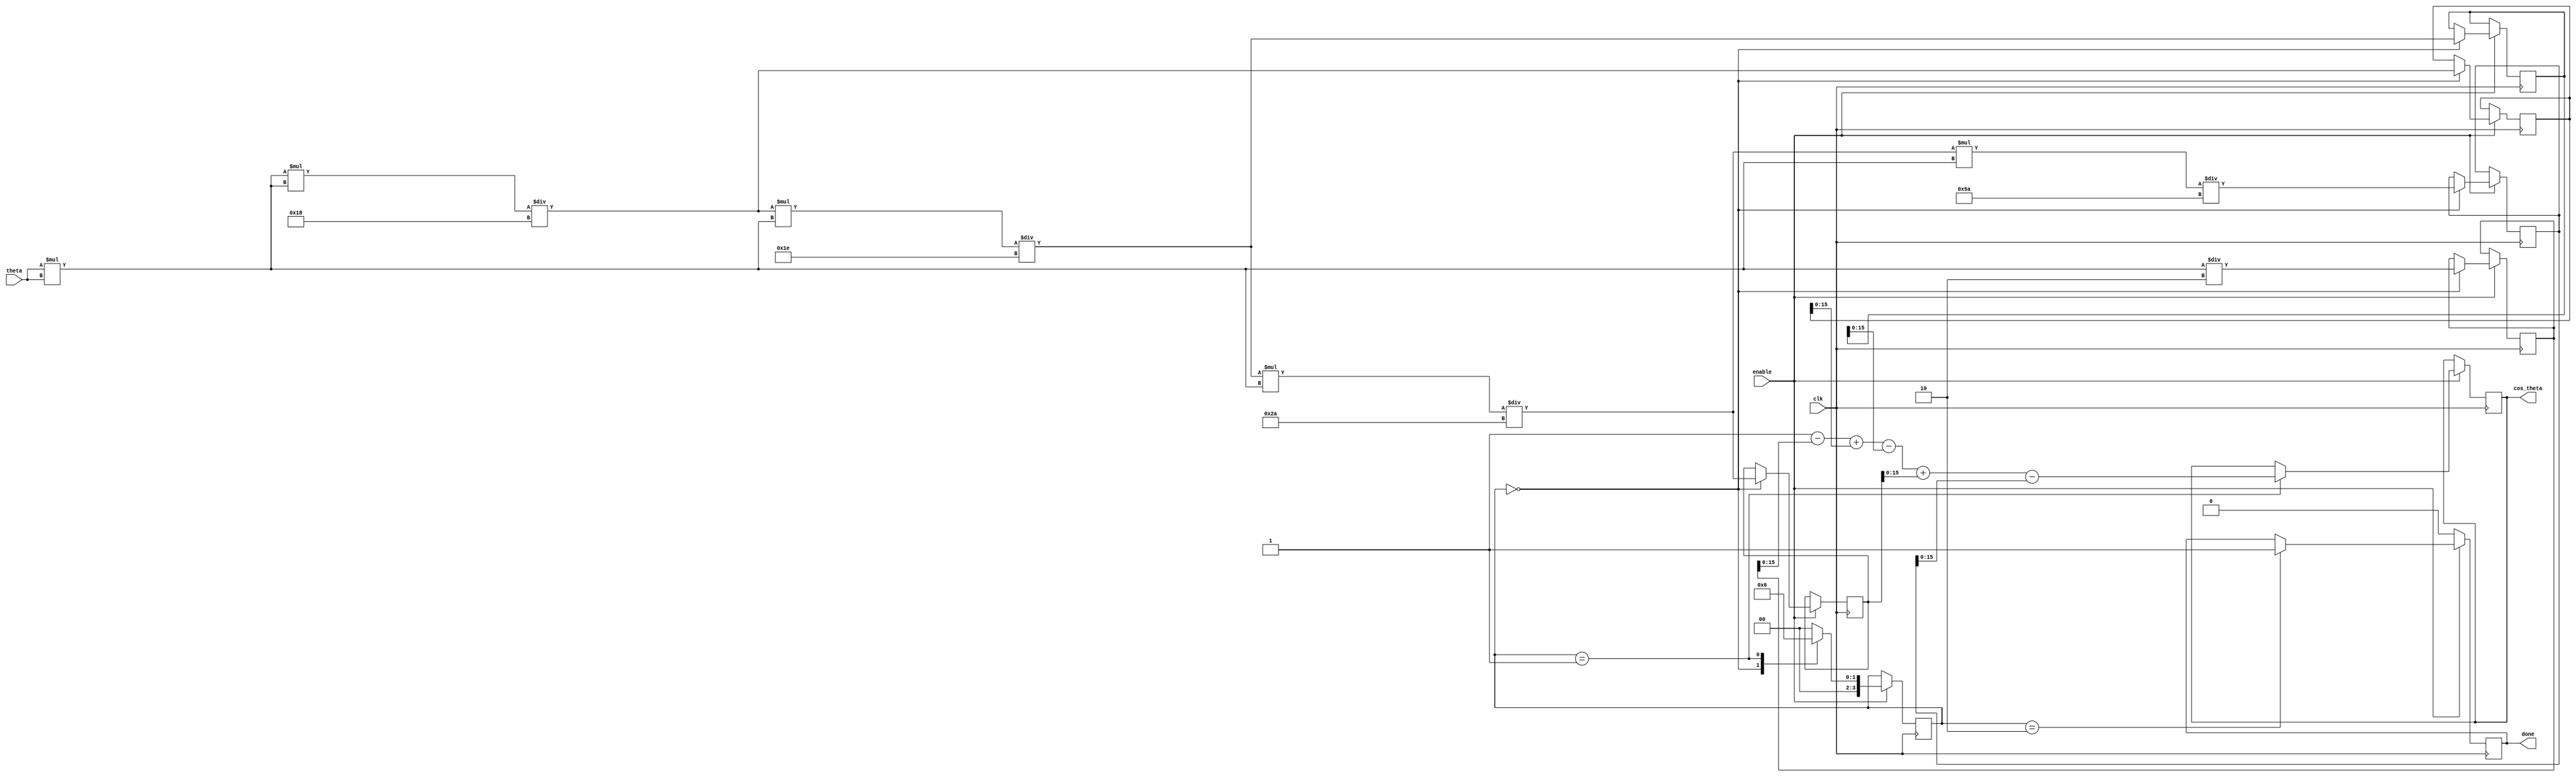
module cosine_arithmetic_block (
    input wire clk,                // Clock signal
    input wire enable,             // Enable signal
    input wire [15:0] theta,       // Input angle in radians (fixed-point)
    output reg [15:0] cos_theta,   // Output cosine value (fixed-point)
    output reg done                // Done signal
);

    // Parameters for Taylor series approximation
    parameter NUM_TERMS = 6;       // Number of terms in Taylor series
    reg [31:0] term [0:NUM_TERMS-1]; // Array to hold terms
    reg [31:0] x_squared;           // x^2
    reg [31:0] factorial;           // Factorial value
    reg [31:0] sum;                 // Accumulator for cosine value
    integer i;                      // Loop variable
    reg [3:0] state;                // State variable for FSM
    reg [31:0] x;                   // Fixed-point representation of theta

    // State machine states
    localparam IDLE = 0,
               COMPUTE = 1,
               DONE = 2;

    // Initialize terms for Taylor series
    initial begin
        term[0] = 32'h00000001; // 1
        term[1] = 32'h00000000; // x^2 / 2! (to be computed)
        term[2] = 32'h00000000; // -x^4 / 4! (to be computed)
        term[3] = 32'h00000000; // x^6 / 6! (to be computed)
        term[4] = 32'h00000000; // -x^8 / 8! (to be computed)
        term[5] = 32'h00000000; // x^10 / 10! (to be computed)
    end

    // State machine for computation
    always @(posedge clk) begin
        if (enable) begin
            case (state)
                IDLE: begin
                    // Initialize variables
                    x = theta; // Input angle
                    sum = 32'h00000000; // Reset sum
                    factorial = 32'h00000001; // Start with 0!
                    x_squared = x * x; // x^2
                    term[1] = x_squared / 2; // x^2 / 2!
                    term[2] = (x_squared * x_squared) / 24; // x^4 / 4!
                    term[3] = (term[2] * x_squared) / 30; // x^6 / 6!
                    term[4] = (term[3] * x_squared) / 42; // x^8 / 8!
                    term[5] = (term[4] * x_squared) / 90; // x^10 / 10!
                    state <= COMPUTE;
                end

                COMPUTE: begin
                    // Compute cosine using Taylor series
                    sum = term[0] - term[1] + term[2] - term[3] + term[4] - term[5];
                    cos_theta <= sum[15:0]; // Assign lower 16 bits to output
                    state <= DONE;
                end

                DONE: begin
                    done <= 1; // Set done signal
                    state <= IDLE; // Reset state
                end

                default: state <= IDLE; // Default to IDLE
            endcase
        end else begin
            done <= 0; // Reset done signal when not enabled
        end
    end

endmodule